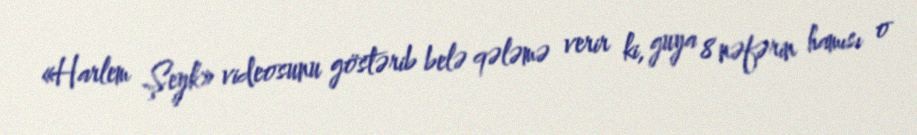
«Harlem Şeyk» videosunu göstərib belə qələmə verir ki, guya 8 nəfərin hamısı o